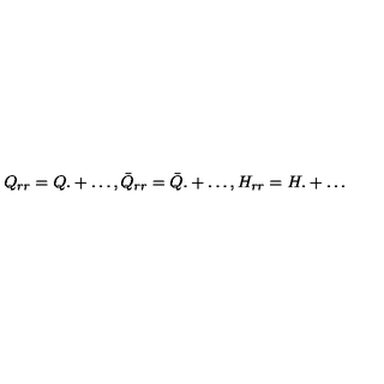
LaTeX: Q _ { r r } = Q . + \ldots , \bar { Q } _ { r r } = \bar { Q } . + \ldots , H _ { r r } = H . + \ldots